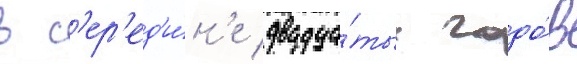
в с'ер'ед'и́н'е двадца́тых годо́в